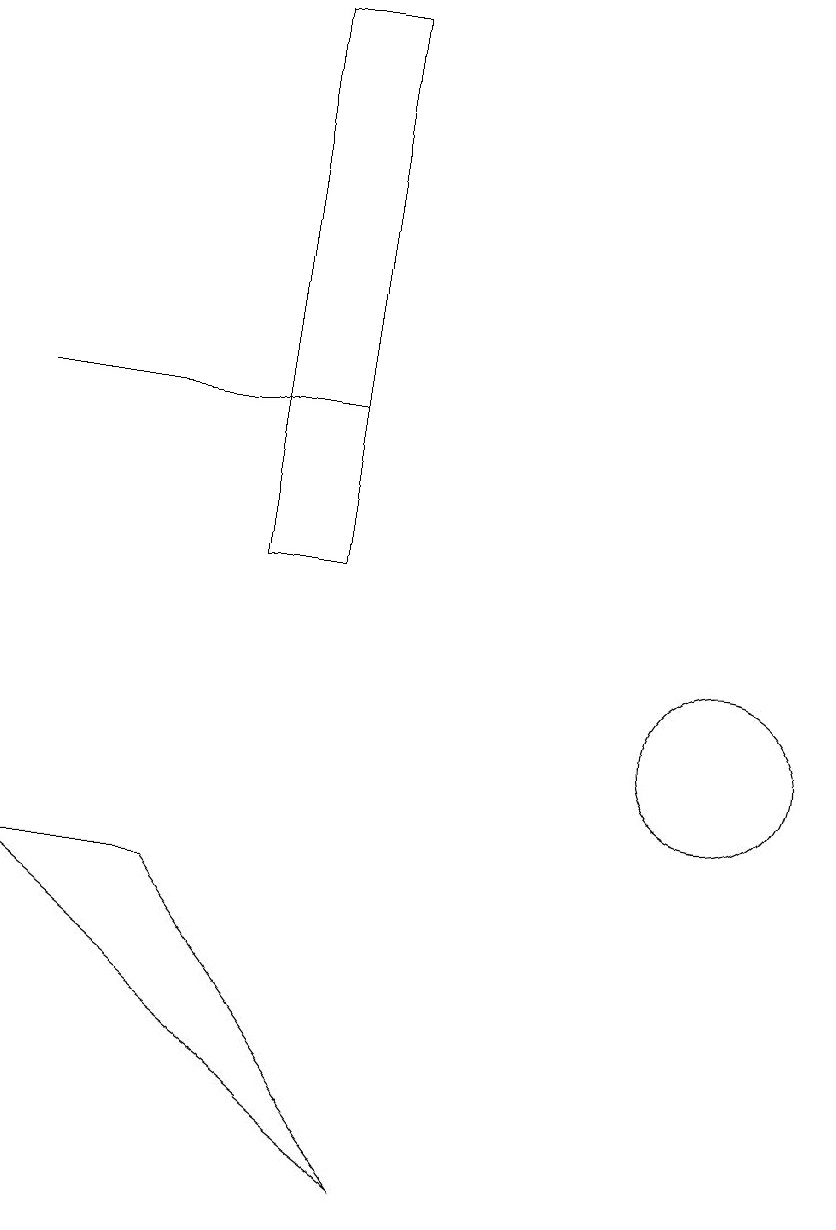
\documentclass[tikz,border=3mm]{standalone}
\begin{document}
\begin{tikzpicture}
\draw (12,10) circle (1);
\draw (6,19) rectangle (7,12);
\draw (7,14) rectangle (3,14);
\draw (5,8) -- (3,8) -- (8,4) -- cycle;
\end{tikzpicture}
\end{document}